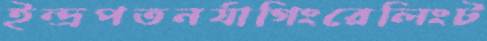
ইন্দ্রপতনর‍্যাগিংরেলিংট